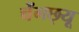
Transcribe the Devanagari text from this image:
चेंगछ्यू